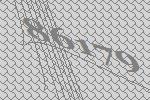
86179